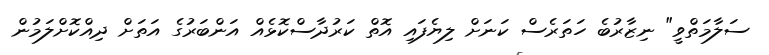
ސަލާމަތްވީ" ނިޒާރުބެ ހަތަރެސް ކަނަށް ލިޔެފައި އޮތް ކަރުދާސްކޮޅެއް އަންބަރުގެ އަތަށް ދިއްކޮށްލަމުން